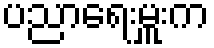
ပညာရေးမှူးက